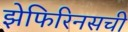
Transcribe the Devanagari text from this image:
झेफिरिनसची